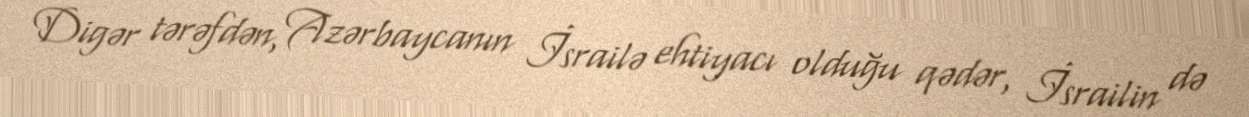
Digər tərəfdən, Azərbaycanın İsrailə ehtiyacı olduğu qədər, İsrailin də